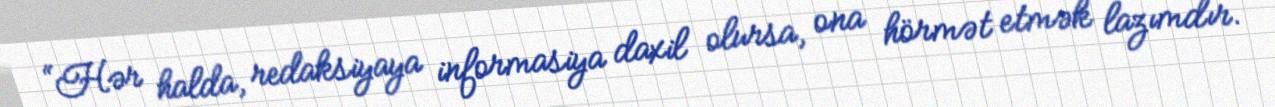
“Hər halda, redaksiyaya informasiya daxil olursa, ona hörmət etmək lazımdır.